Annual administration report of the Civil Veterinary Department of India - 1895-1896
Year: 1895
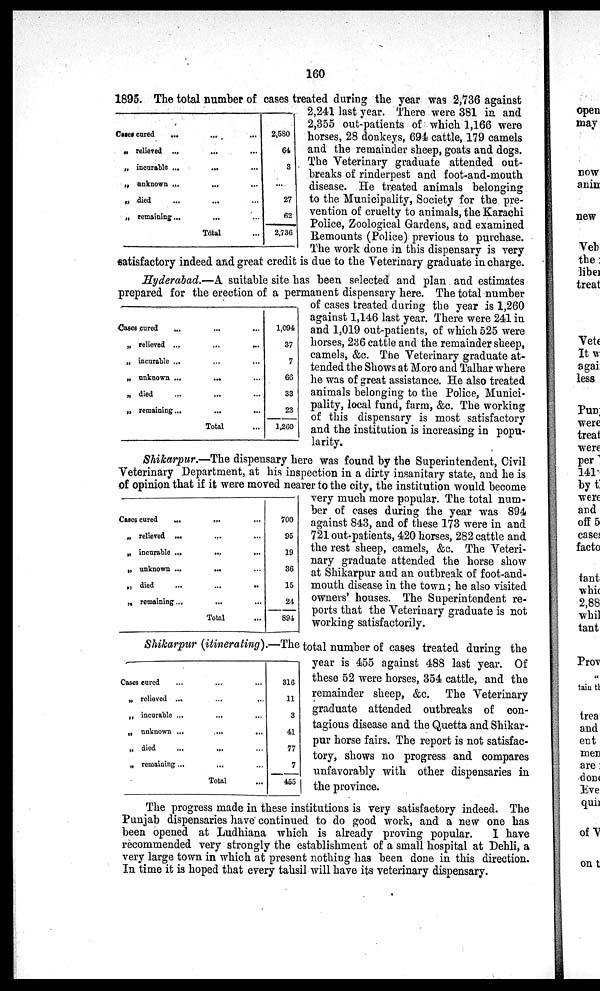
160
1895. The total number of cases treated during the year was 2,736 against
2,241 last year. There were 381 in, and
2,355 out-patients of which 1,166 were
horses, 28 donkeys, 694 cattle, 179 camels
and the remainder sheep, goats and dogs.
The Veterinary graduate attended out-
breaks of rinderpest and foot-and-mouth
disease. He treated animals belonging
to the Municipality, Society for the pre-
vention of cruelty to animals, the Karachi
Police, Zoological Gardens, and examined
Remounts (Police) previous to purchase.
The work done in this dispensary is very
satisfactory indeed and great credit is due to the Veterinary graduate in charge.
Cases cured ...
„ relieved ...
„ incurable ...
„ unknown ...
„ died
„ remaining ...
...
...
...
...
...
...
Total
...
...
...
...
...
...
...
2,580
64
3
...
27
62
2,736
Hyderabad.—A suitable site has been selected and plan and estimates
prepared for the erection of a permanent dispensary here. The total number
of cases treated during the year is 1,260
against 1,146 last year. There were 241 in
and 1,019 out-patients, of which 525 were
horses, 236 cattle and the remainder sheep,
camels, &c. The Veterinary graduate at-
tended the Shows at Moro and Talhar where
he was of great assistance. He also treated
animals belonging to the Police, Munici-
pality, local fund, farm, &c. The working
of this dispensary is most satisfactory
and the institution is increasing in popu-
larity.
Cases cured
...
„ relieved ...
„ incurable ...
„ unknown ...
„ died...
„ remaining ...
...
...
...
...
...
...
Total
1,094
37
7
66
33
23
1,260
Shikarpur.—The dispensary here was found by the Superintendent, Civil
Veterinary Department, at his inspection in a dirty insanitary state, and he is
of opinion that if it were moved nearer to the city, the institution would become
very much more popular. The total num-
ber of cases during the year was 894
against 843, and of these 173 were in and
721 out-patients, 420 horses, 282 cattle and
the rest sheep, camels, &c. The Veteri-
nary graduate attended the horse show
at Shikarpur and an outbreak of foot-and-
mouth disease in the town; he also visited
owners' houses. The Superintendent re-
ports that the Veterinary graduate is not
working satisfactorily.
Cases cured
...
„ relieved ...
„ incurable ...
„ unknown ...
„ died ...
„ remaining ...
... ...
... ...
... ...
... ...
... ...
... ...
Total ...
700
95
19
36
15
24
894
Shikarpur (itinerating).—The total number of cases treated during the
year is 455 against 488 last year. Of
these 52 were horses, 354 cattle, and the
remainder sheep, &c. The Veterinary
graduate attended outbreaks of con-
tagious disease and the Quetta and Shikar-
pur horse fairs. The report is not satisfac-
tory, shows no progress and compares
unfavorably with other dispensaries in
the province.
Cases cured...
„ relieved ...
„ incurable ...
„ unknown ...
„ died...
„ remaining ...
...
...
...
...
...
...
Total
...
...
...
...
...
...
...
316
11
3
41
77
7
455
The progress made in these institutions is very satisfactory indeed. The
Punjab dispensaries have continued to do good work, and a new one has
been opened at Ludhiana which is already proving popular. I have
recommended very strongly the establishment of a small hospital at Dehli, a
very large town in which at present nothing has been done in this direction.
In time it is hoped that every tahsil will have its veterinary dispensary.